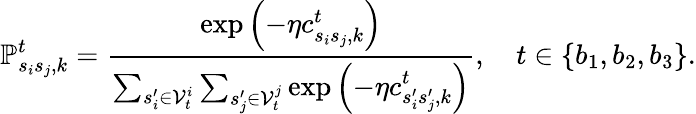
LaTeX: \mathbb{P}_{s_{i}s_{j},k}^{t}=\frac{\exp{\left(-\eta c_{s_{i}s_{j},k}^{t}\right)}}{\sum_{s_{i}^{\prime}\in\mathcal{V}_{t}^{i}}\sum_{s_{j}^{\prime}\in\mathcal{V}_{t}^{j}}\exp{\left(-\eta c_{s_{i}^{\prime}s_{j}^{\prime},k}^{t}\right)}},\quad t\in\{ b_{1},b_{2},b_{3}\} .